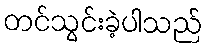
တင်သွင်းခဲ့ပါသည်